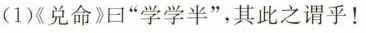
(1)《兑命》曰”学学半”，其此之谓乎！